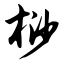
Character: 桫